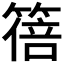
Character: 𫂕